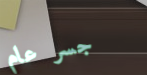
جسر عام